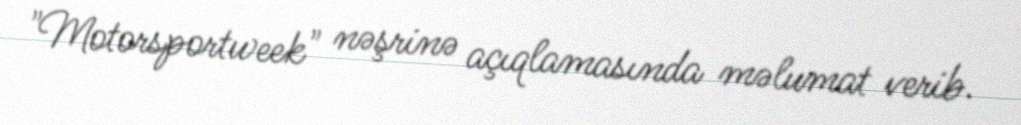
"Motorsportweek" nəşrinə açıqlamasında məlumat verib.